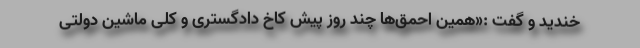
خندید و گفت :«همین احمق‌ها چند روز پیش کاخ دادگستری و کلی ماشین دولتی